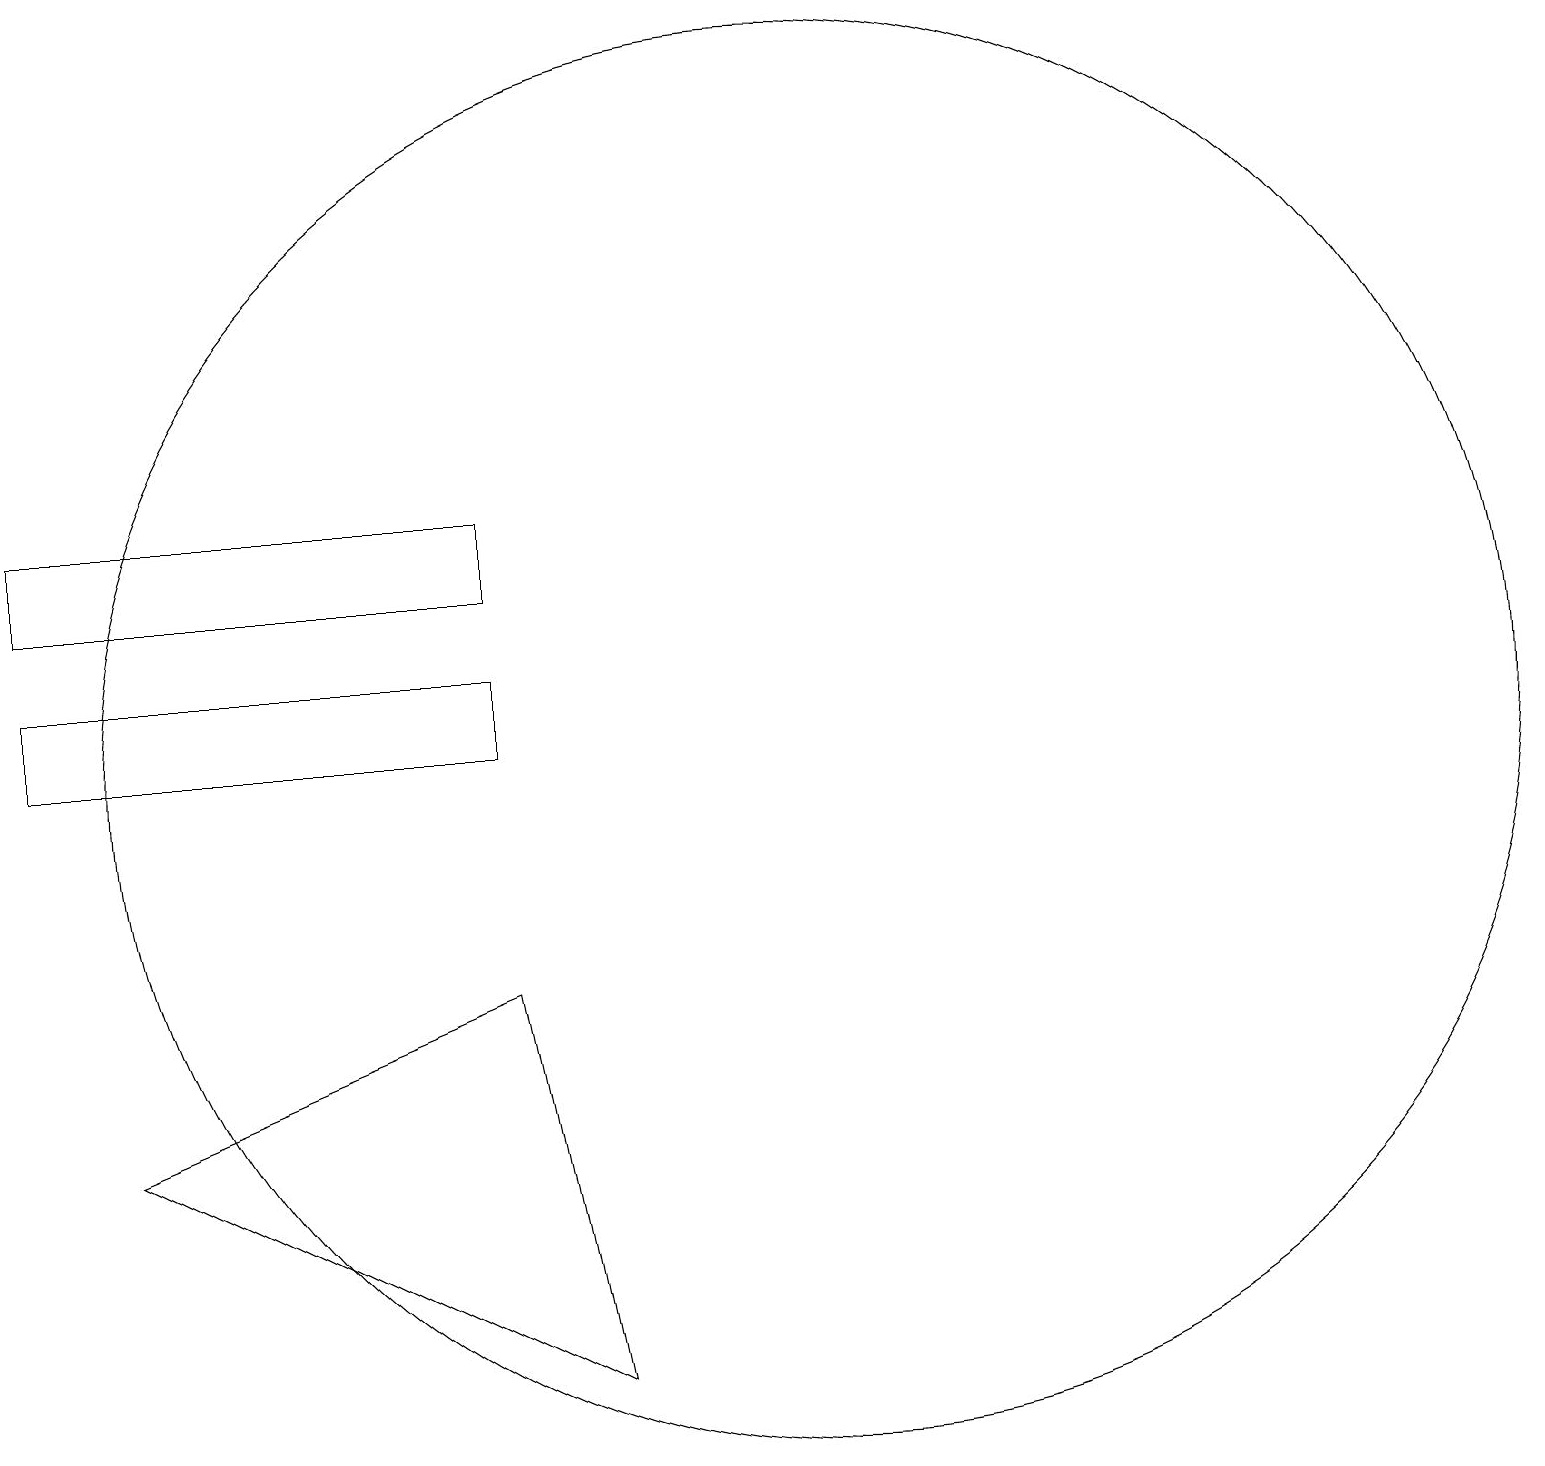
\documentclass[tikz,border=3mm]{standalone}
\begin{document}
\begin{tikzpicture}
\draw (0,11) rectangle (6,12);
\draw (10,11) circle (9);
\draw (6,14) rectangle (0,13);
\draw (10,12) circle (0);
\draw (6,8) -- (7,3) -- (1,6) -- cycle;
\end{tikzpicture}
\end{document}